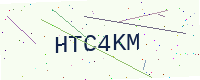
Text: HTC4KM